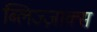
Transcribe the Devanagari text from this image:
ब्लिज्ज़ाक्स